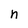
Character: n